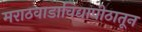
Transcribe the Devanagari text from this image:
मराठवाडाविद्यापीठातून